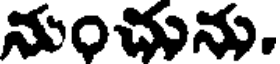
నుంచును.